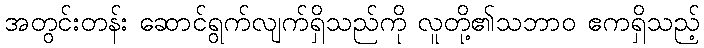
အတွင်းတန်း ဆောင်ရွက်လျက်ရှိသည်ကို လူတို့၏သဘာဝ ဧကရှိသည့်